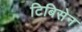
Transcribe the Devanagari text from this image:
टिबिसेन